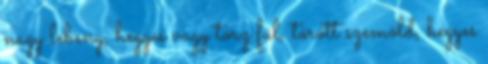
nagy lebeny, hegyes vagy torz fül, törött szemöld, hegyes